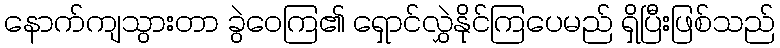
နောက်ကျသွားတာ ခွဲဝေကြ၏ ရှောင်လွှဲနိုင်ကြပေမည် ရှိပြီးဖြစ်သည်